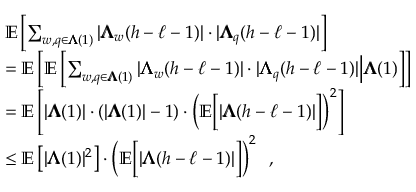
\begin{array} { r l } & { \mathbb { E } \left[ \sum _ { w , q \in { \pmb { \Lambda } } ( 1 ) } | { \pmb { \Lambda } } _ { w } ( h - \ell - 1 ) | \cdot | { \pmb { \Lambda } } _ { q } ( h - \ell - 1 ) | \right] } \\ & { = \mathbb { E } \left[ \mathbb { E } \left[ \sum _ { w , q \in { \pmb { \Lambda } } ( 1 ) } | { \pmb { \Lambda } } _ { w } ( h - \ell - 1 ) | \cdot | { \pmb { \Lambda } } _ { q } ( h - \ell - 1 ) | \middle | { \pmb { \Lambda } } ( 1 ) \right] \right] } \\ & { = \mathbb { E } \left[ | { \pmb { \Lambda } } ( 1 ) | \cdot ( | { \pmb { \Lambda } } ( 1 ) | - 1 ) \cdot \left( \mathbb { E } \Big [ | { \pmb { \Lambda } } ( h - \ell - 1 ) | \Big ] \right) ^ { 2 } \right] } \\ & { \le \mathbb { E } \left[ | { \pmb { \Lambda } } ( 1 ) | ^ { 2 } \right] \cdot \left( \mathbb { E } \Big [ | { \pmb { \Lambda } } ( h - \ell - 1 ) | \Big ] \right) ^ { 2 } \enspace , } \end{array}